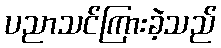
ပညာသင်ကြားခဲ့သည်